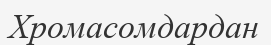
Хромасомдардан